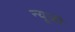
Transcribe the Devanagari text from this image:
न्यूजी